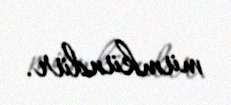
mümkündür.